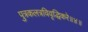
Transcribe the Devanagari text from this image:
पुत्रकलत्रविवृद्धिकरे॥४॥